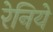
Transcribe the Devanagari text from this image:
रेनिये